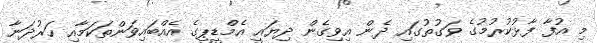
މި އުފާ ފާޅުކުރުމުގެ ވަގުތުގައި ދެން އިވިގެން ދިޔައީ އެމްޑީޕީގެ އެއްބައިވަންތަކަމާއި ހަރުދަނާ